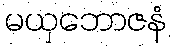
မယှဘောဇနံ